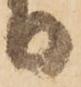
り